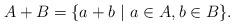
LaTeX: \begin{align*} A + B = \{ a + b\ |\ a \in A, b \in B \}.\end{align*}